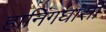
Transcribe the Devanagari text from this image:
हानिंगघांसी